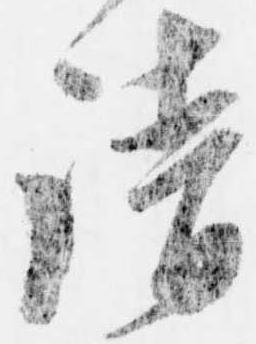
請